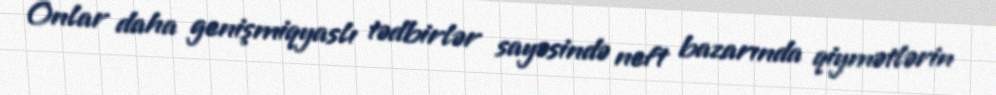
Onlar daha genişmiqyaslı tədbirlər sayəsində neft bazarında qiymətlərin